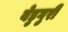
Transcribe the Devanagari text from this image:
येडुगुरी